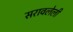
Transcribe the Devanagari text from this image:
सरावलेली